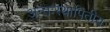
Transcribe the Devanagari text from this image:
अन्तःस्थापितीय